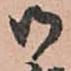
御